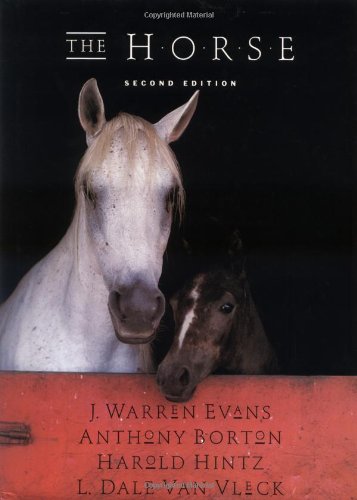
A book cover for The Horse; J. Warren Evans; Crafts, Hobbies & Home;